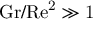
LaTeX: \mathrm { { G r / R e ^ { 2 } \gg 1 } }